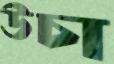
উচা